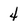
Character: 4